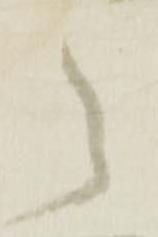
之